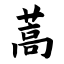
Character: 蒿